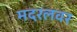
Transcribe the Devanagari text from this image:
मदरलवर